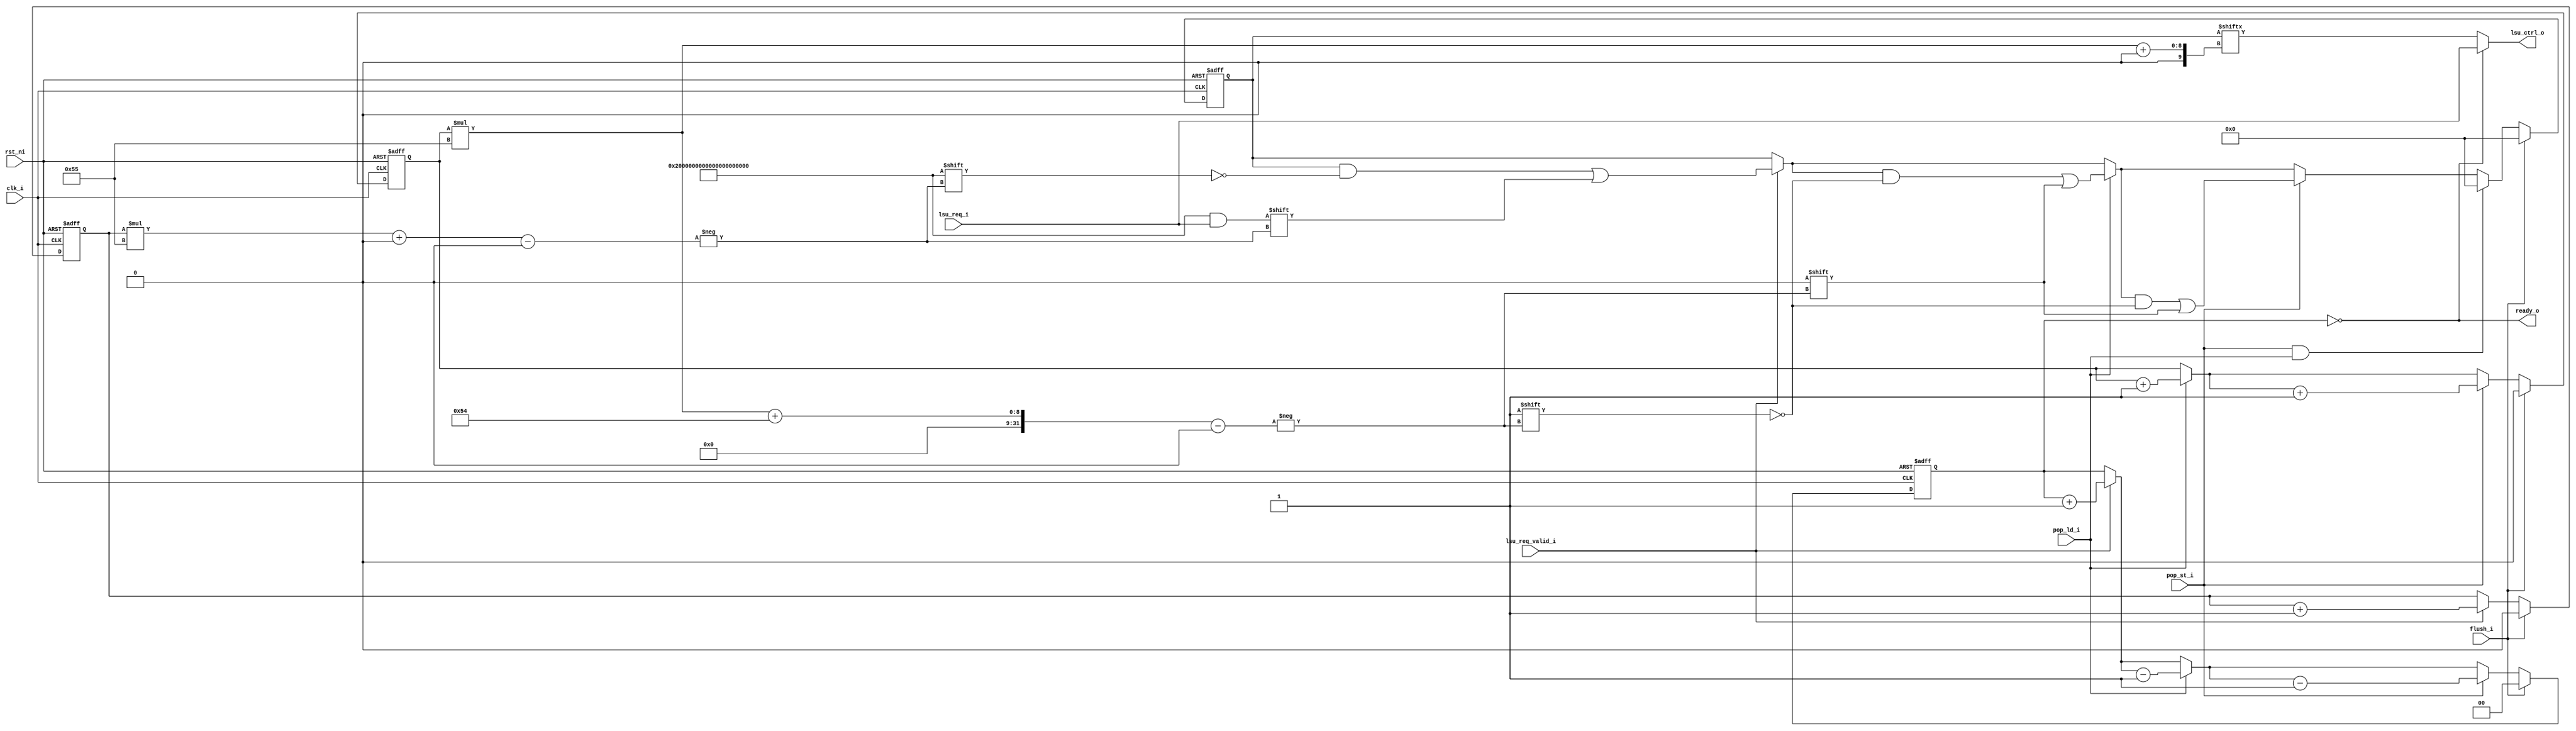
module lsu_bypass (
	clk_i,
	rst_ni,
	flush_i,
	lsu_req_i,
	lsu_req_valid_i,
	pop_ld_i,
	pop_st_i,
	lsu_ctrl_o,
	ready_o
);
	input wire clk_i;
	input wire rst_ni;
	input wire flush_i;
	localparam ariane_pkg_NR_SB_ENTRIES = 8;
	localparam ariane_pkg_TRANS_ID_BITS = 3;
	localparam cva6_config_pkg_CVA6ConfigXlen = 32;
	localparam riscv_XLEN = cva6_config_pkg_CVA6ConfigXlen;
	localparam riscv_VLEN = 32;
	input wire [84:0] lsu_req_i;
	input wire lsu_req_valid_i;
	input wire pop_ld_i;
	input wire pop_st_i;
	output reg [84:0] lsu_ctrl_o;
	output wire ready_o;
	reg [169:0] mem_n;
	reg [169:0] mem_q;
	reg read_pointer_n;
	reg read_pointer_q;
	reg write_pointer_n;
	reg write_pointer_q;
	reg [1:0] status_cnt_n;
	reg [1:0] status_cnt_q;
	wire empty;
	assign empty = status_cnt_q == 0;
	assign ready_o = empty;
	reg [1:0] status_cnt;
	reg write_pointer;
	reg read_pointer;
		
	always @(*) begin : sv2v_autoblock_1
		status_cnt = status_cnt_q;
		write_pointer = write_pointer_q;
		read_pointer = read_pointer_q;
		mem_n = mem_q;
		if (lsu_req_valid_i) begin
			mem_n[write_pointer_q * 85+:85] = lsu_req_i;
			write_pointer = write_pointer + 1;
			status_cnt = status_cnt + 1;
		end
		if (pop_ld_i) begin
			mem_n[(read_pointer_q * 85) + 84] = 1'b0;
			read_pointer = read_pointer + 1;
			status_cnt = status_cnt - 1;
		end
		if (pop_st_i) begin
			mem_n[(read_pointer_q * 85) + 84] = 1'b0;
			read_pointer = read_pointer + 1;
			status_cnt = status_cnt - 1;
		end
		if (pop_st_i && pop_ld_i)
			mem_n = 1'sb0;
		if (flush_i) begin
			status_cnt = 1'sb0;
			write_pointer = 1'sb0;
			read_pointer = 1'sb0;
			mem_n = 1'sb0;
		end
		read_pointer_n = read_pointer;
		write_pointer_n = write_pointer;
		status_cnt_n = status_cnt;
	end
	always @(*) begin : output_assignments
		if (empty)
			lsu_ctrl_o = lsu_req_i;
		else
			lsu_ctrl_o = mem_q[read_pointer_q * 85+:85];
	end
	always @(posedge clk_i or negedge rst_ni)
		if (~rst_ni) begin
			mem_q <= 1'sb0;
			status_cnt_q <= 1'sb0;
			write_pointer_q <= 1'sb0;
			read_pointer_q <= 1'sb0;
		end
		else begin
			mem_q <= mem_n;
			status_cnt_q <= status_cnt_n;
			write_pointer_q <= write_pointer_n;
			read_pointer_q <= read_pointer_n;
		end
endmodule